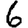
Digit: 6